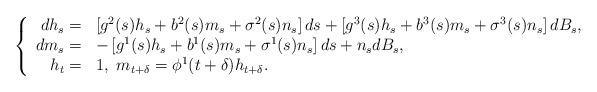
LaTeX: \begin{align*}\left\{\begin{array}[c]{rl}dh_{s}= & \left[ g^{2}(s)h_{s}+b^{2}(s)m_{s}+\sigma^{2}(s)n_{s}\right]ds+\left[ g^{3}(s)h_{s}+b^{3}(s)m_{s}+\sigma^{3}(s)n_{s}\right] dB_{s},\\dm_{s}= & -\left[ g^{1}(s)h_{s}+b^{1}(s)m_{s}+\sigma^{1}(s)n_{s}\right]ds+n_{s}dB_{s},\\h_{t}= & 1,\ m_{t+\delta}=\phi^{1}(t+\delta)h_{t+\delta}.\end{array}\right. \end{align*}